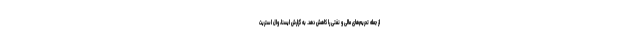
از جمله تحریم‌های مالی و نفتی را کاهش دهد. به گزارش ایسنا، وال استریت